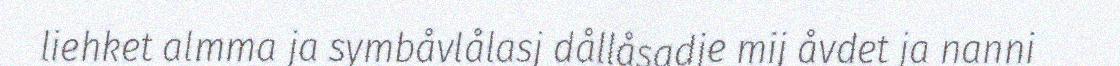
liehket almma ja symbåvlålasj dållåsadje mij åvdet ja nanni